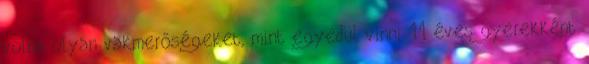
volna olyan vakmerőségeket, mint egyedül vinni 11 éves gyerekként